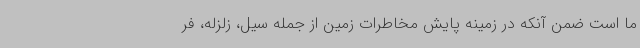
ما است ضمن آنکه در زمینه پایش مخاطرات زمین از جمله سیل، زلزله، فر